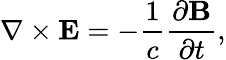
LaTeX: \nabla\times\textbf{E}=-\frac{1}{c}\frac{\partial\textbf{B}}{\partial t},